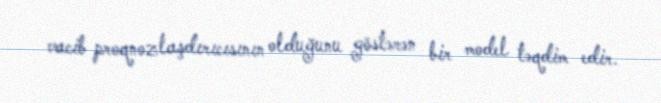
vacib proqnozlaşdırıcısının olduğunu göstərən bir model təqdim edir.